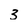
Character: 3